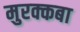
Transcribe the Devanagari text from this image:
मुरक्कबा